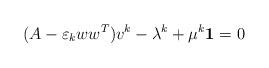
LaTeX: \begin{align*} (A - \varepsilon_k ww^T)v^k - \lambda^k + \mu^k{\bf 1} = 0\end{align*}